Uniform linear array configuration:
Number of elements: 32
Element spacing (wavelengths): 1
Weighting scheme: hamming
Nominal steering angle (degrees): -60
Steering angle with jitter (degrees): -61.546
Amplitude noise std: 0.05
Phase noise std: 0.05

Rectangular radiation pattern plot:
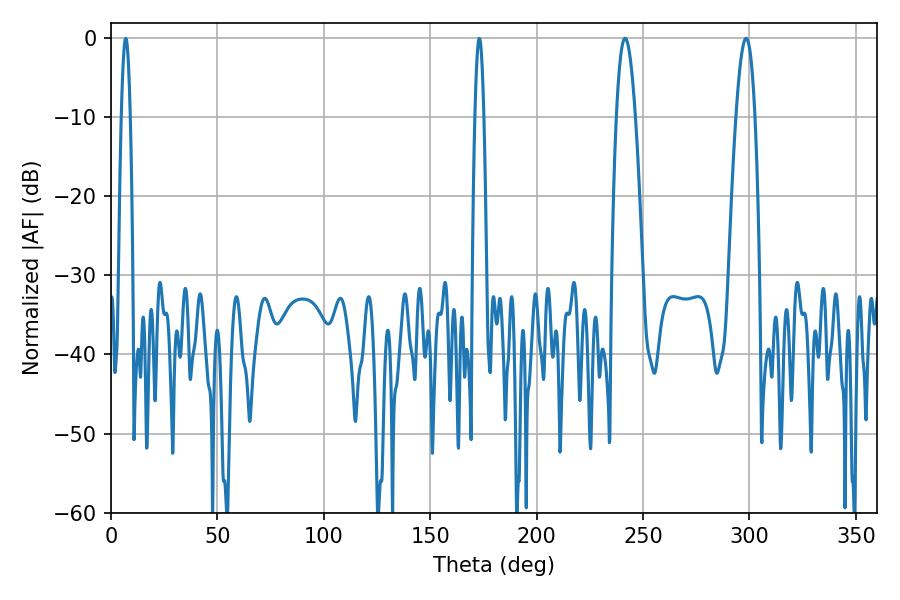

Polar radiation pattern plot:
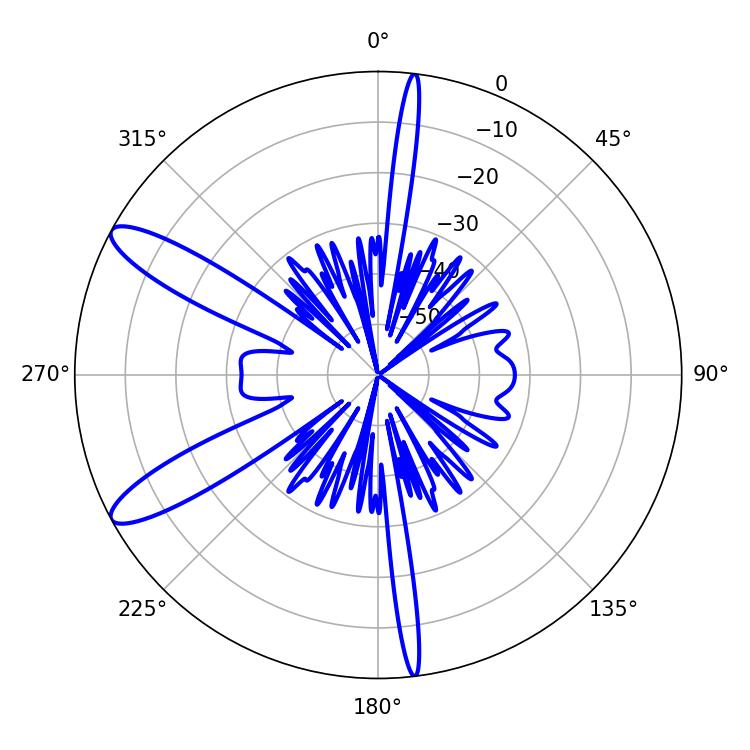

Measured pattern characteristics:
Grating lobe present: TRUE
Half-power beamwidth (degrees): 4.86
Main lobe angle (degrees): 241.56